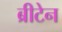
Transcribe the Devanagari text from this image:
ब्रीटेन